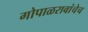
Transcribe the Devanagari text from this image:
गोपाळरावांचेच